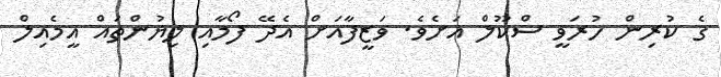
ގެ ކުރިން ހުރަވީ ސްކޫލް އަށެވެ. ވަޒީފާއަށް އެދޭ ފޯމާއި ލިޔުންތައް އީމެއިލް